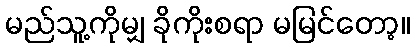
မည်သူ့ကိုမျှ ခိုကိုးစရာ မမြင်တော့။